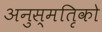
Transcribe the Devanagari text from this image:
अनुस्मतिृको